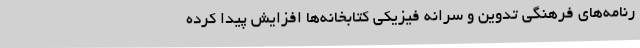
رنامه‌های فرهنگی تدوین و سرانه فیزیکی کتابخانه‌ها افزایش پیدا کرده